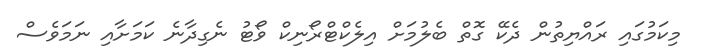
މިކަމުގައި ރައްޔިތުން ދެކޭ ގޮތް ބެލުމަށް އިލެކްޓްރޯނިކް ވޯޓު ނެގިދާނެ ކަމަށާއި ނަމަވެސް